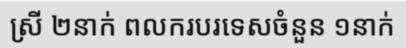
ស្រី ២នាក់ ពលករបរទេសចំនួន ១នាក់